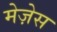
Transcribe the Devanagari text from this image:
मेज़ेस